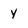
Character: Y